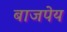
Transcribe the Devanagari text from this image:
बाजपेय